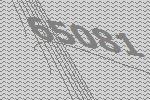
65081